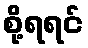
စို့ရရင်